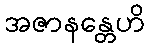
အဇာနန္တေဟိ